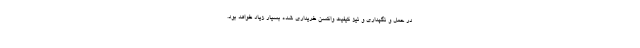
در حمل و نگهداری و نیز کیفیت واکسن خریداری شده بسیار زیاد خواهد بود.